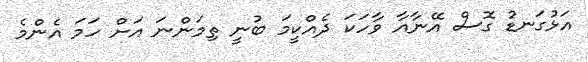
އަޅުގަނޑު ގޮސް އޭނާއާ ވާހަކަ ދެއްކީމަ ބުނީ ތިމަންނަ އަށް ހަމަ އެންމެ